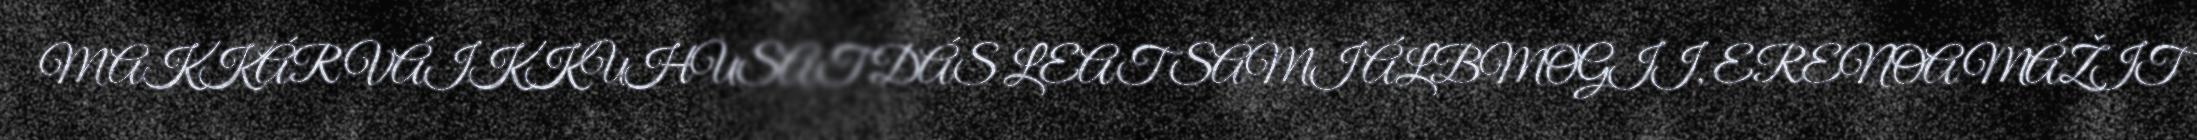
MAKKÁR VÁIKKUHUSAT DÁS LEAT SÁMI ÁLBMOGII, ERENOAMÁŽIT